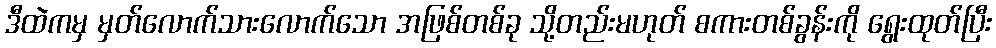
ဒီထဲကမှ မှတ်လောက်သားလောက်သော အဖြစ်တစ်ခု သို့တည်းမဟုတ် စကားတစ်ခွန်းကို ရွေးထုတ်ပြီး